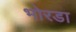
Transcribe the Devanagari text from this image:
भोरडा